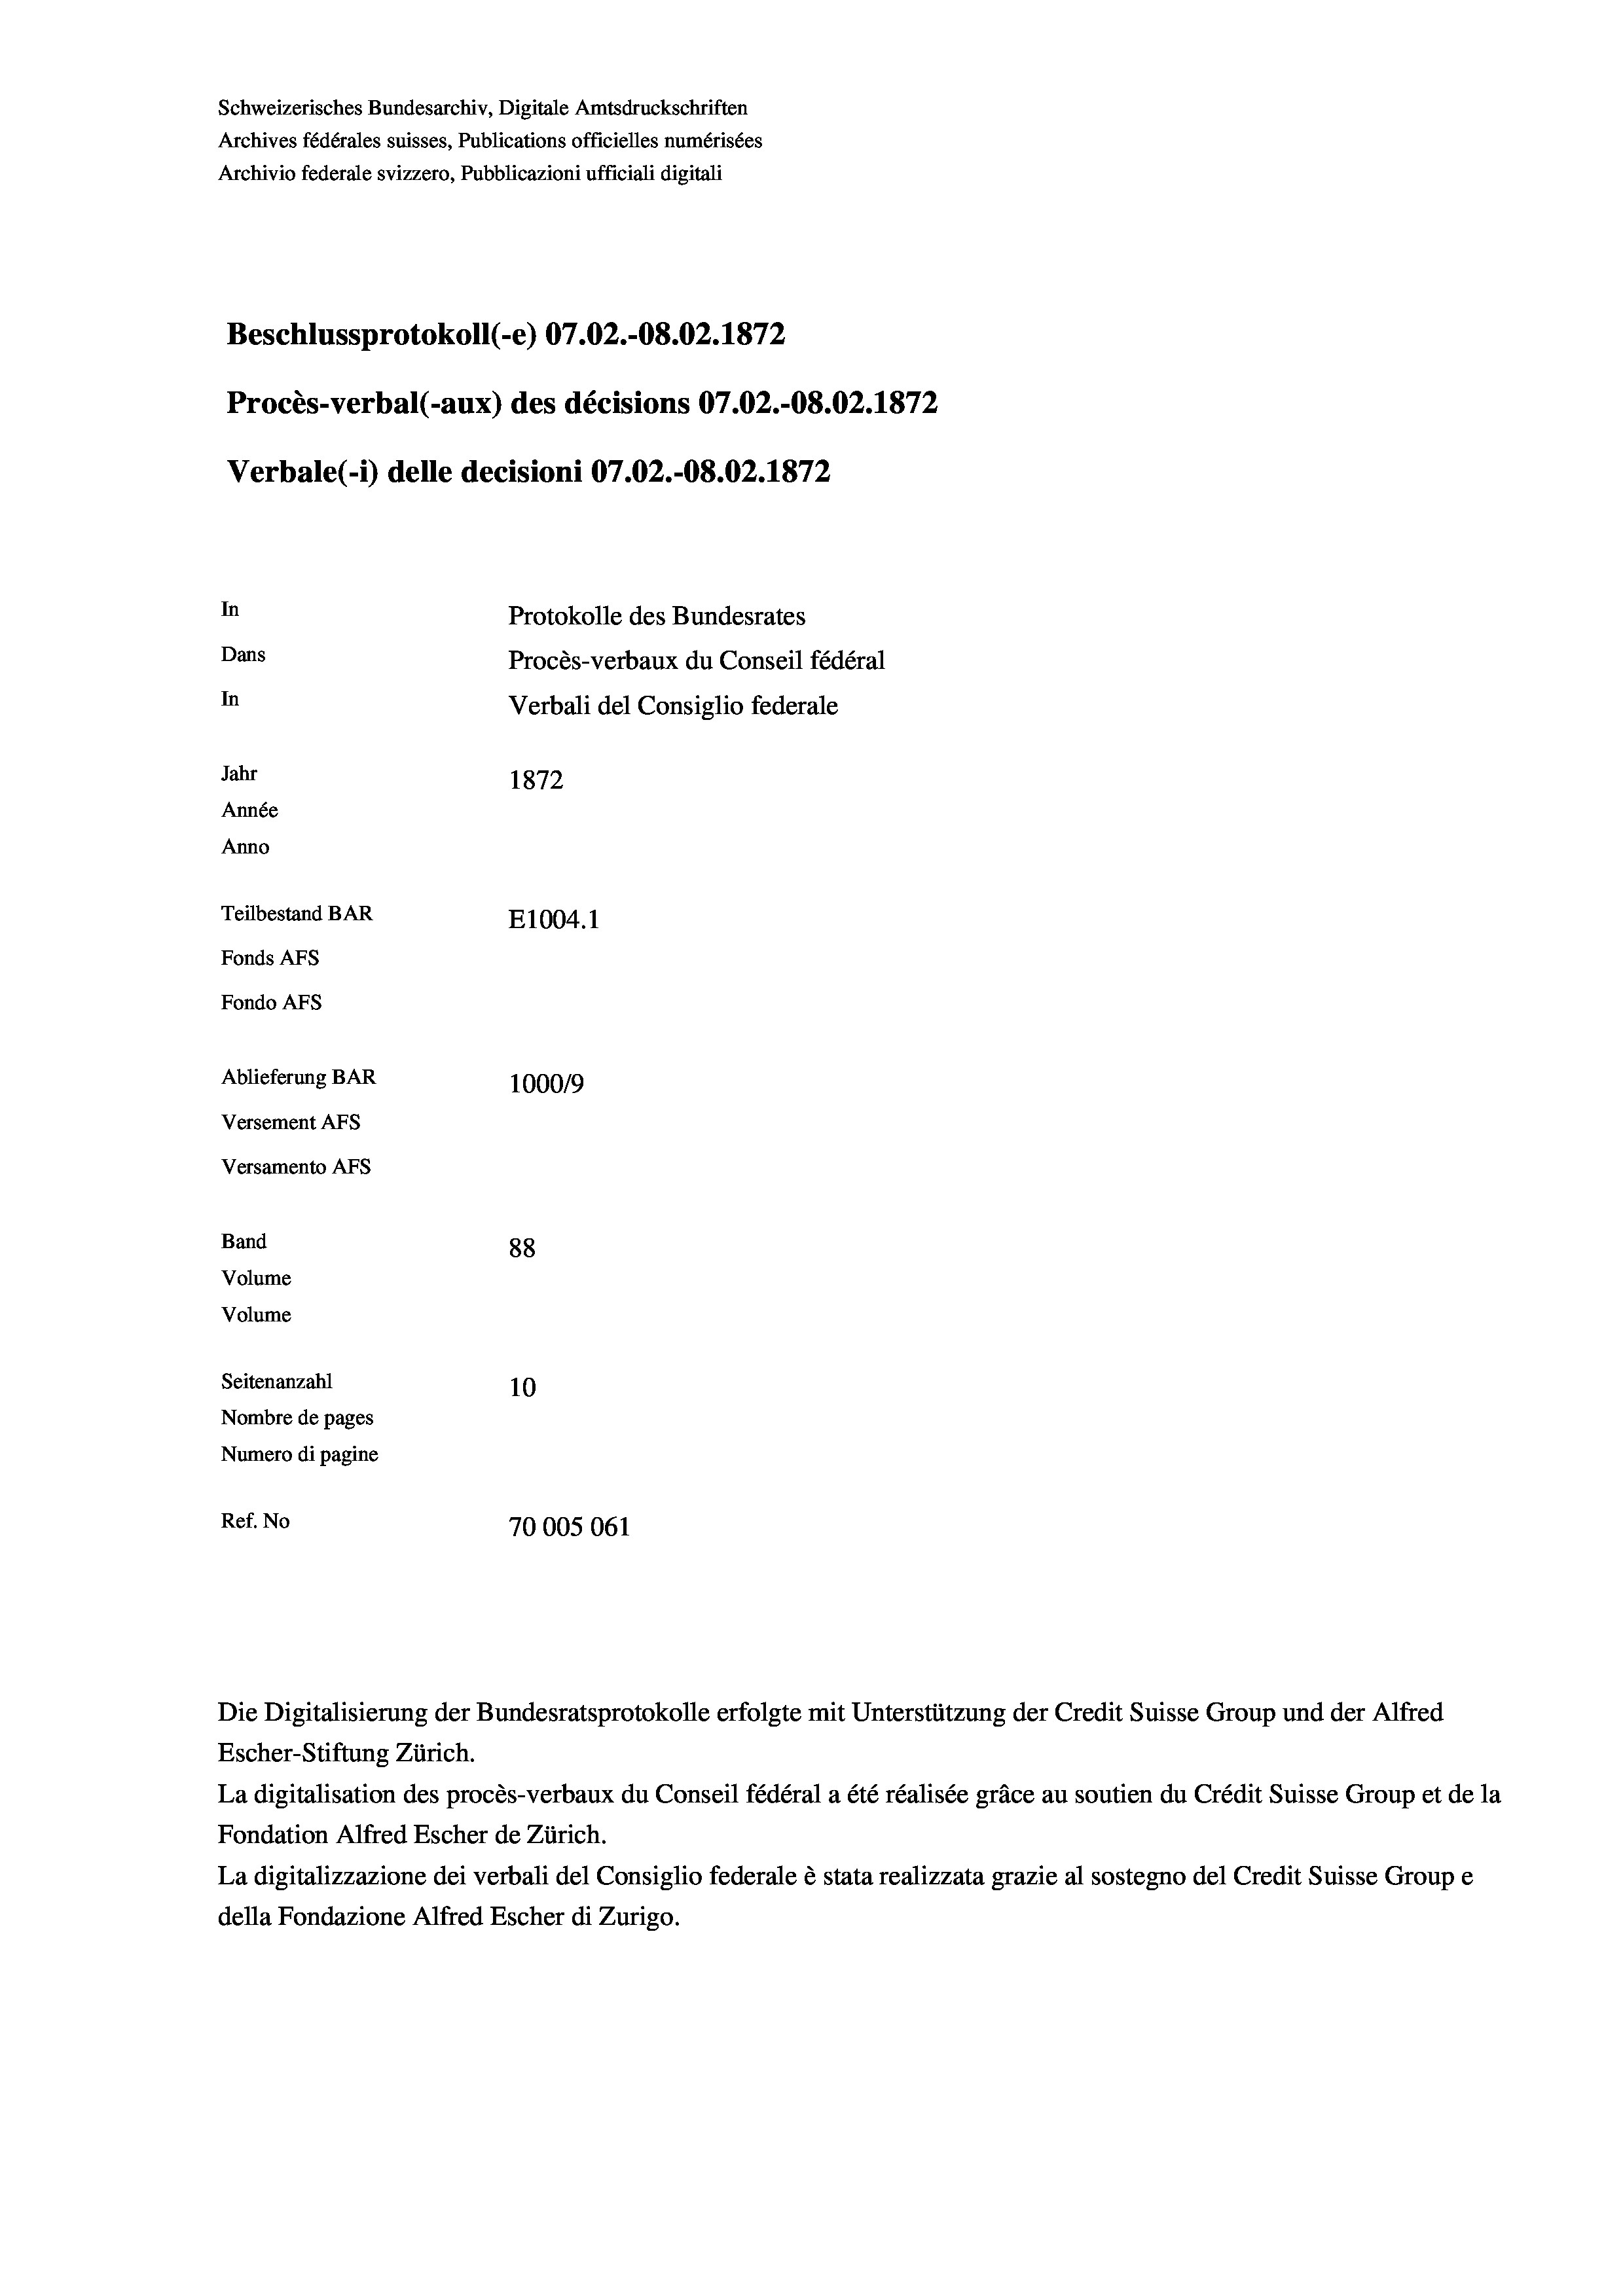
Schweizerisches Bundesarchiv, Digitale Amtsdruckschriften
Archives fédérales suisses, Publications officielles numérisées
Archivio federale svizzero, Pubblicazioni ufficiali digitali
Beschlussprotokoll (-e) 07.02.-O8.02. 1872
Procès-verbal (-aux) des décisions 07.02.-O8.02. 1872
Verbale (- 1) delle decisioni 07.02.-O8.02. 1872
In
Protokolle des Bundesrates
Dans
Procès-verbaux du Conseil fédéral
In
Verbali del Consiglio federale
Jahr
1872
Année
Anno
Teilbestand BAR
E1004.1
Fonds AFs
Fondo AFS
Ablieferung BAR
100019
Versement AFs
Versamento AFs
Band
88
Volume
Volume
Seitenanzahl
10
Nombre de pages
Numero di pagine
Ref. No
70005061

Die Digitalisierung der Bundesratsprotokolle erfolgte mit Unterstützung der Credit Suisse Group und der Alfred
Escher-Stiftung Zürich.
La digitalisation des procès-verbaux du Conseil fédéral a été réalisée gräce au soutien du Crédit Suisse Group et de la
Fondation Alfred Escher de Zürich.
La digitalizzazione dei verbali del Consiglio federale è stata realizzata grazie al sostegno del Credit Suisse Groupe
della Fondazione Alfred Escher di Zurigo.